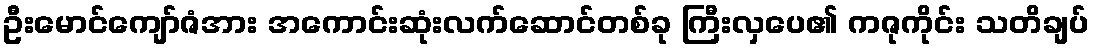
ဦးမောင်ကျော်ဇံအား အကောင်းဆုံးလက်ဆောင်တစ်ခု ကြီးလှပေ၏ ကဇုကိုင်း သတိချပ်